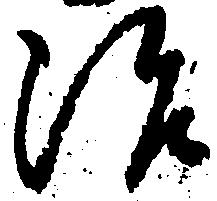
治